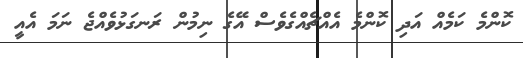
ކޮންމެ ކަމެއް އަދި ކޮންމެ އެއްޗެއްގެވެސް އޭގެ ނިމުން ރަނގަޅުވެއްޖެ ނަމަ އެއީ